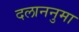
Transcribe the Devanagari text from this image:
दलाननुमा